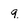
Character: q